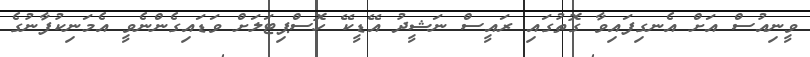
ވީނިއުސް އަށް އެނގިފައިވާ ގޮތުގައި ރައީސް ނަޝީދު އޭޑީކޭ ހޮސްޕިޓަލަށް ވަޑައިގެންނެވީ އެމަނިކުފާނުގެ